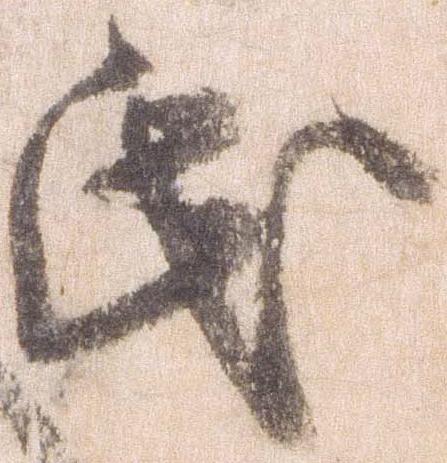
氏